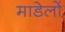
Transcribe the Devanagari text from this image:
माडेलों